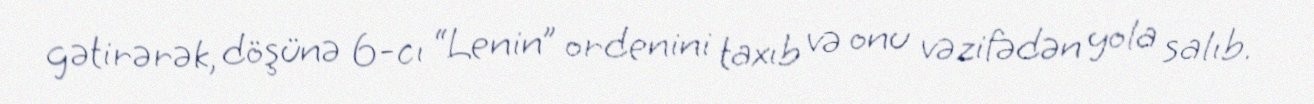
gətirərək, döşünə 6-cı “Lenin” ordenini taxıb və onu vəzifədən yola salıb.